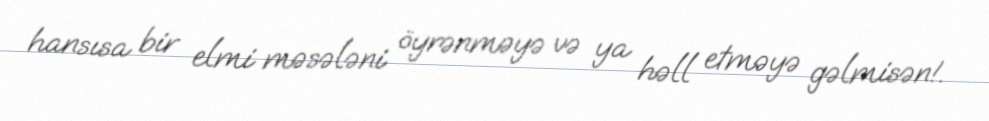
hansısa bir elmi məsələni öyrənməyə və ya həll etməyə gəlmisən!.